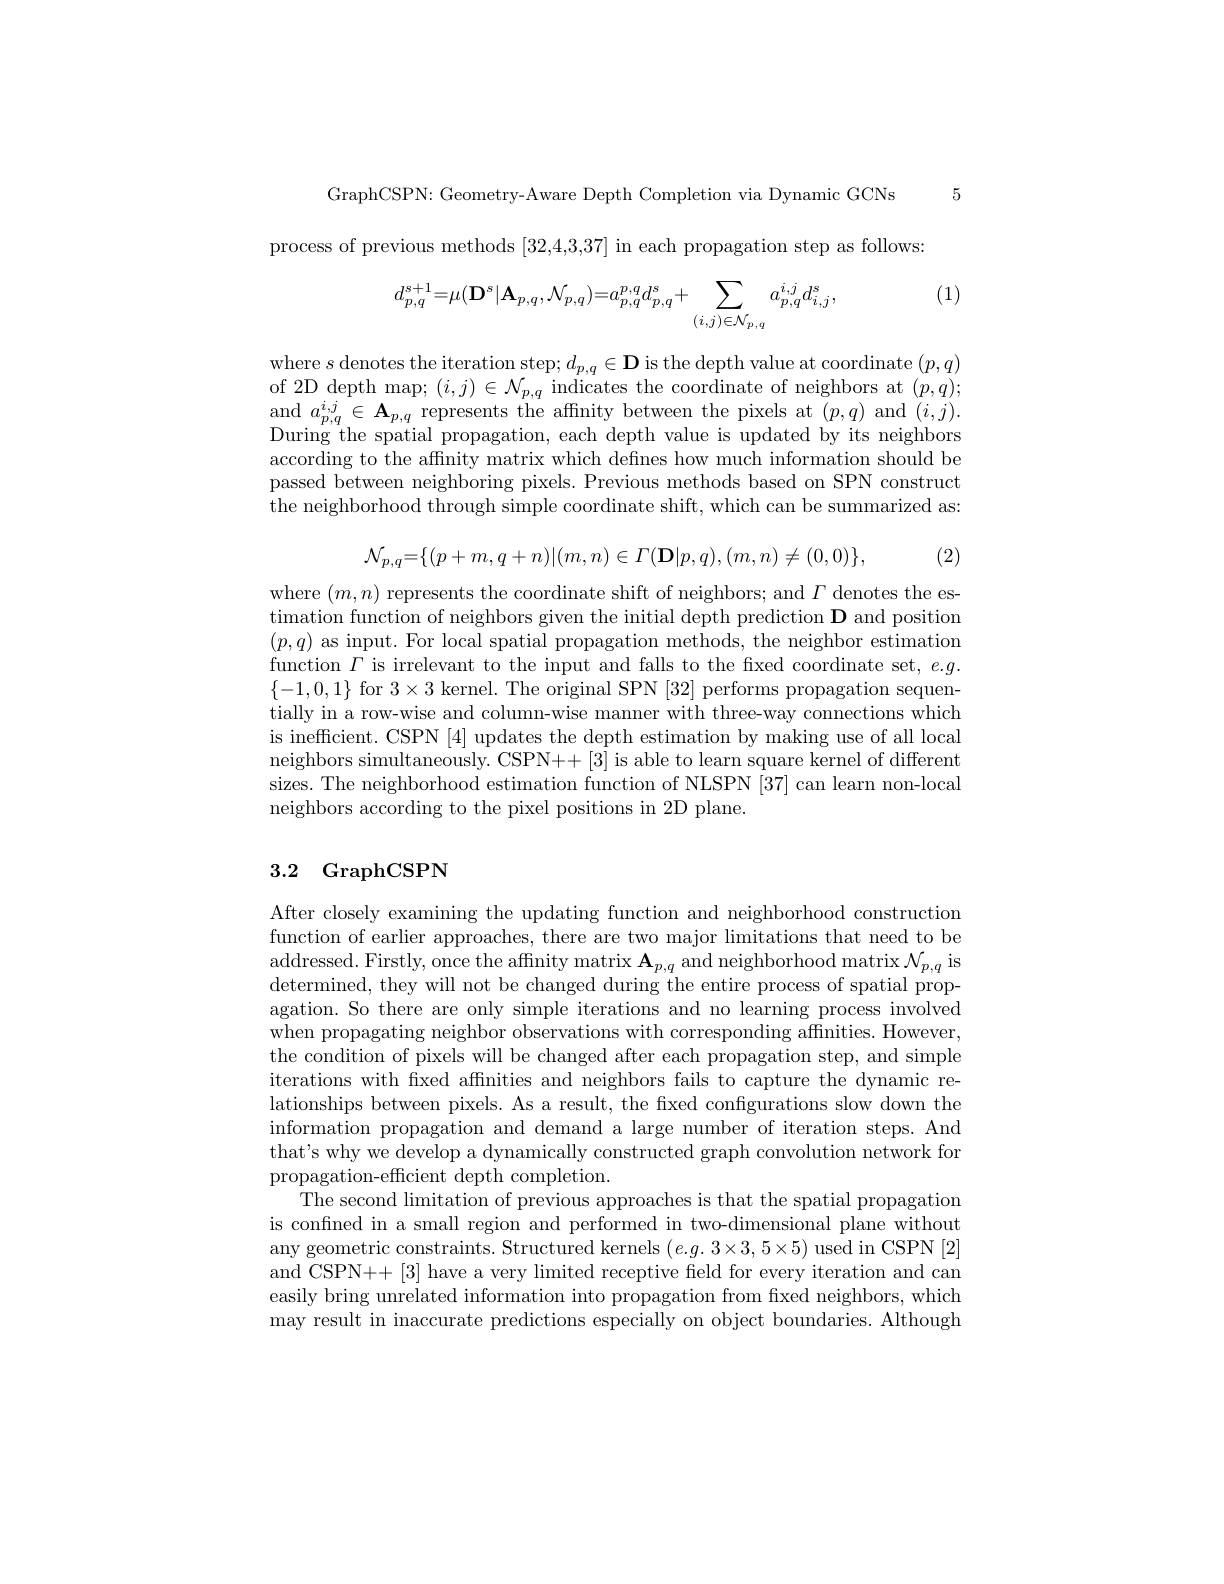
GraphCSPN: Geometry-Aware Depth Completion via Dynamic GCNs 5

process of previous methods [32,4,3,37] in each propagation step as follows:

(1)
$$d_{p,q}^{s+1}=\mu(\mathbf{D}^{s}|\mathbf{A}_{p,q},\mathcal{N}_{p,q})=a_{p,q}^{p,q}d_{p,q}^{s}+\sum_{(i,j)\in\mathcal{N}_{p,q}}a_{p,q}^{i,j}d_{i,j}^{s},$$
where $s$ denotes the iteration step; $d_p,q\in\mathbf{D}$ is the depth value at coordinate $(p,q)$ of 2D depth map; $(i,j)\in\mathcal{N}_{p,q}$ indicates the coordinate of neighbors at $(p,q);$ and $a_{p,q}^{i,j}\in\mathbf{A}_{p,q}$ represents the affnity between the pixels at $(p,q)$ and $(i,j).$ During the spatial propagation, each depth value is updated by its neighbors according to the affinity matrix which defines how much information should be passed between neighboring pixels. Previous methods based on SPN construct the neighborhood through simple coordinate shift, which can be summarized as:
$$\mathcal{N}_{p,q}=\{(p+m,q+n)|(m,n)\in\Gamma(\mathbf{D}|p,q),(m,n)\neq(0,0)\},$$
(2)

where $(m,n)$ represents the coordinate shift of neighbors; and $\Gamma$ denotes the estimation function of neighbors given the initial depth prediction D and position $(p,q)$ as input. For local spatial propagation methods, the neighbor estimation function $\Gamma$ is irrelevant to the input and falls to the fixed coordinate set, $e.g.$ $\{-1,0,1\}$ for $3\times3$ kernel. The original SPN [32] performs propagation sequentially in a row-wise and column-wise manner with three-way connections which is inefficient. CSPN [4] updates the depth estimation by making use of all local neighbors simultaneously. CSPN++[3] is able to learn square kernel of different sizes. The neighborhood estimation function of NLSPN [37] can learn non-local neighbors according to the pixel positions in 2D plane.

# 3.2 GraphCSPN

After closely examining the updating function and neighborhood construction function of earlier approaches, there are two major limitations that need to be addressed. Firstly, once the affinity matrix $\mathbf{A}_p,q$ and neighborhood matrix $\mathcal{N}_p,q$ is determined, they will not be changed during the entire process of spatial propagation. So there are only simple iterations and no learning process involved when propagating neighbor observations with corresponding affnities. However, the condition of pixels will be changed after each propagation step, and simple iterations with fxed affnities and neighbors fails to capture the dynamic relationships between pixels. As a result, the fixed configurations slow down the information propagation and demand a large number of iteration steps. And that's why we develop a dynamically constructed graph convolution network for propagation-effcient depth completion.
The second limitation of previous approaches is that the spatial propagation is confned in a small region and performed in two-dimensional plane without any geometric constraints. Structured kernels $(e.g.3\times3,5\times5)$ used in CSPN [2] and CSPN++[3] have a very limited receptive field for every iteration and can easily bring unrelated information into propagation from fixed neighbors, which may result in inaccurate predictions especially on object boundaries. Although